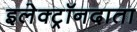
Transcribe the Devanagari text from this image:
इलेक्ट्रॉनदाता